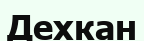
Дехкан